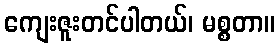
ကျေးဇူးတင်ပါတယ်၊ မစ္စတာ။